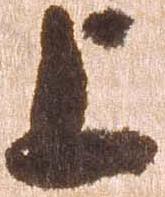
上